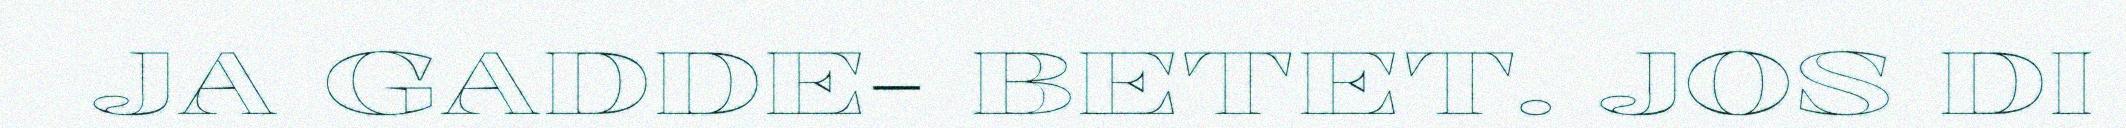
JA GADDE- BETET. JOS DI